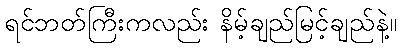
ရင်ဘတ်ကြီးကလည်း နိမ့်ချည်မြင့်ချည်နဲ့။